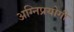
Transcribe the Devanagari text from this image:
अग्निप्रयोगी